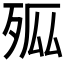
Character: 𭮊